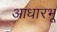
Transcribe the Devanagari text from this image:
आधारभू